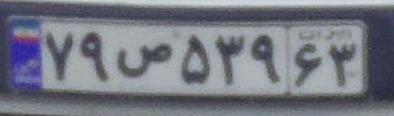
۷۹ص۵۳۹۶۳